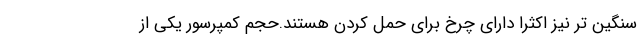
سنگین تر نیز اکثرا دارای چرخ برای حمل کردن هستند.حجم کمپرسور یکی از